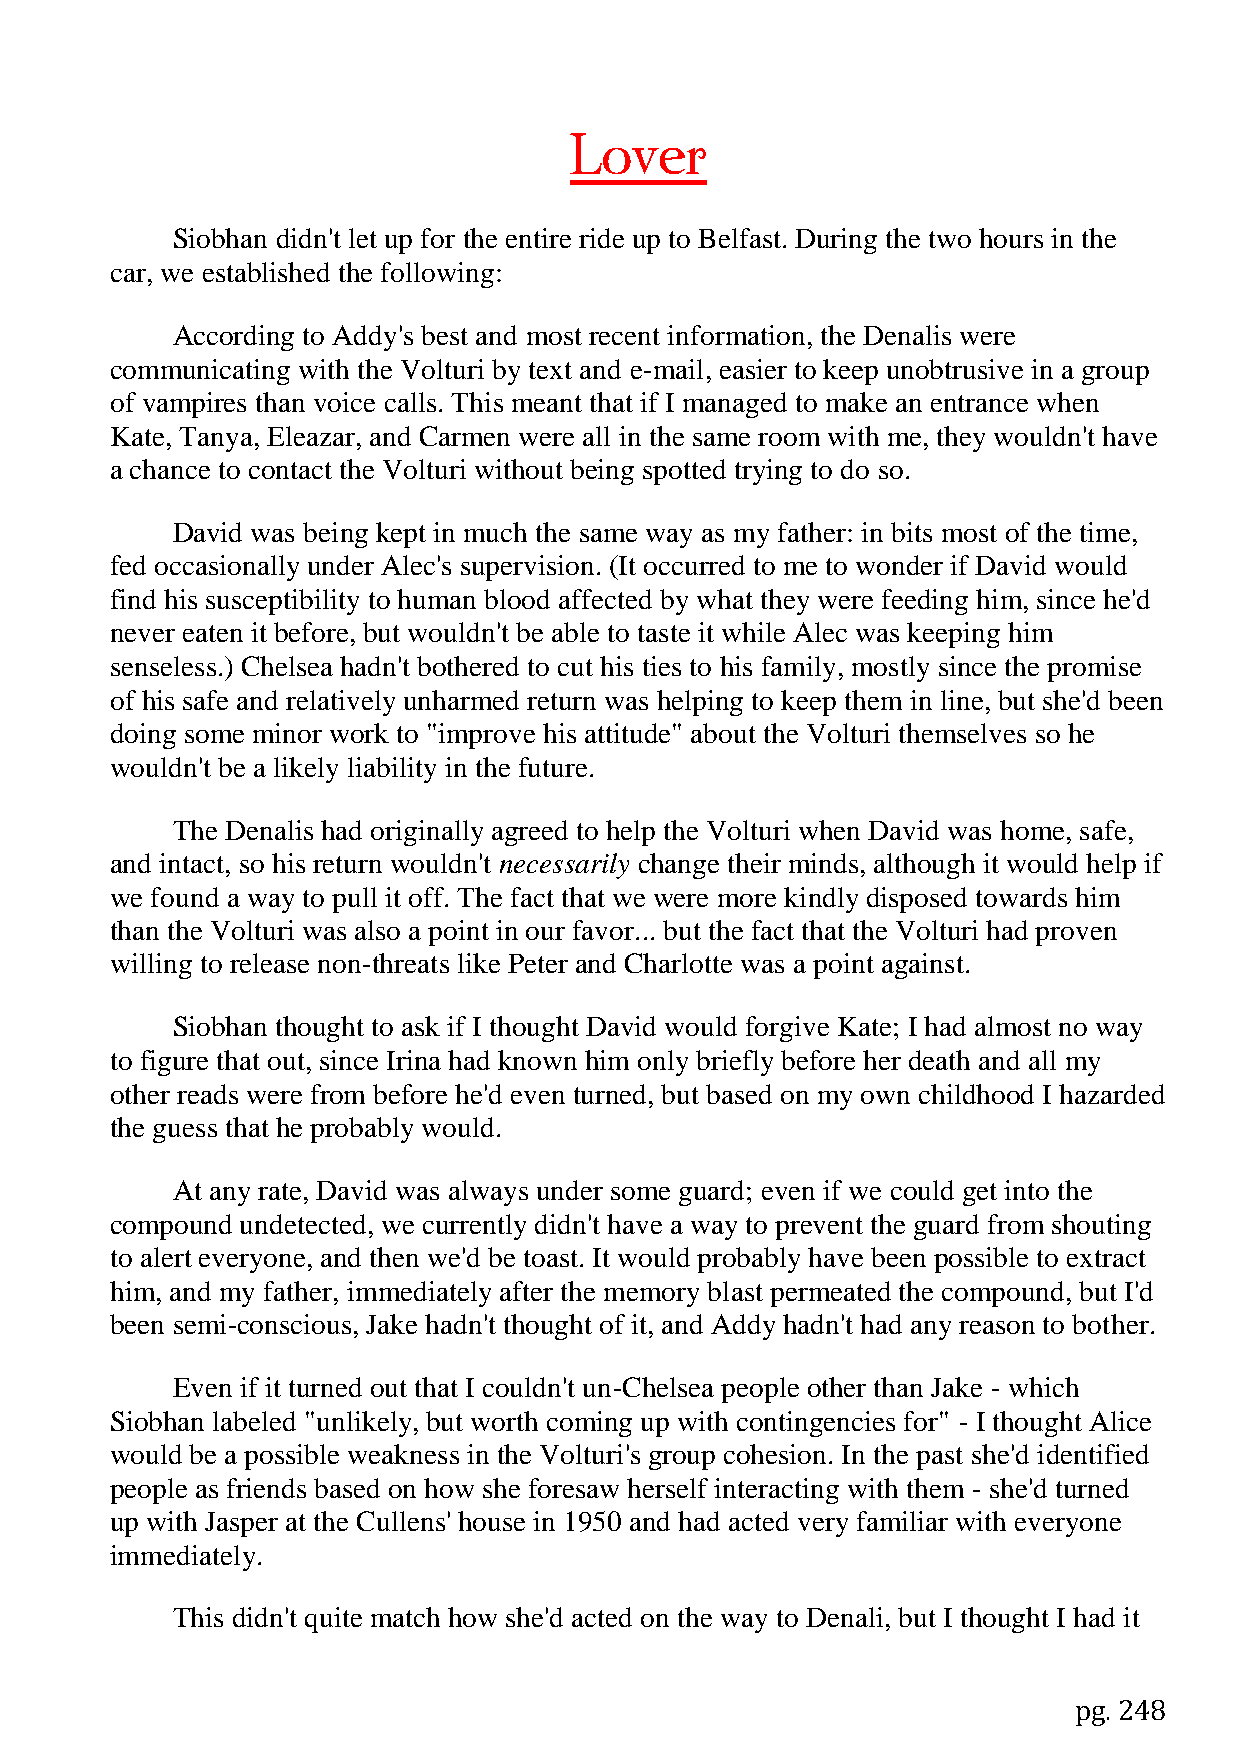
Lover
 Siobhan didn't let up for the entire ride up to Belfast. During the two hours in the
 car, we established the following:
 According to Addy's best and most recent information, the Denalis were
 communicating with the Volturi by text and e-mail, easier to keep unobtrusive in a group
 of vampires than voice calls. This meant that if I managed to make an entrance when
 Kate, Tanya, Eleazar, and Carmen were all in the same room with me, they wouldn't have
 a chance to contact the Volturi without being spotted trying to do so.
 David was being kept in much the same way as my father: in bits most of the time,
 fed occasionally under Alec's supervision. (It occurred to me to wonder if David would
 find his susceptibility to human blood affected by what they were feeding him, since he'd
 never eaten it before, but wouldn't be able to taste it while Alec was keeping him
 senseless.) Chelsea hadn't bothered to cut his ties to his family, mostly since the promise
 of his safe and relatively unharmed return was helping to keep them in line, but she'd been
 doing some minor work to "improve his attitude" about the Volturi themselves so he
 wouldn't be a likely liability in the future.
 The Denalis had originally agreed to help the Volturi when David was home, safe,
 and intact, so his return wouldn't necessarily change their minds, although it would help if
 we found a way to pull it off. The fact that we were more kindly disposed towards him
 than the Volturi was also a point in our favor... but the fact that the Volturi had proven
 willing to release non-threats like Peter and Charlotte was a point against.
 Siobhan thought to ask if I thought David would forgive Kate; I had almost no way
 to figure that out, since Irina had known him only briefly before her death and all my
 other reads were from before he'd even turned, but based on my own childhood I hazarded
 the guess that he probably would.
 At any rate, David was always under some guard; even if we could get into the
 compound undetected, we currently didn't have a way to prevent the guard from shouting
 to alert everyone, and then we'd be toast. It would probably have been possible to extract
 him, and my father, immediately after the memory blast permeated the compound, but I'd
 been semi-conscious, Jake hadn't thought of it, and Addy hadn't had any reason to bother.
 Even if it turned out that I couldn't un-Chelsea people other than Jake - which
 Siobhan labeled "unlikely, but worth coming up with contingencies for" - I thought Alice
 would be a possible weakness in the Volturi's group cohesion. In the past she'd identified
 people as friends based on how she foresaw herself interacting with them - she'd turned
 up with Jasper at the Cullens' house in 1950 and had acted very familiar with everyone
 immediately.
 This didn't quite match how she'd acted on the way to Denali, but I thought I had it
 pg. 248